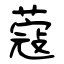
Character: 蔻